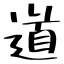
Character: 道